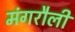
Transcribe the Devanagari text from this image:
मंगरौली